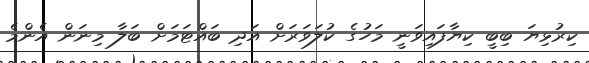
ކިރުޅިޔަ ބިބީ ކިޔާފައިވަނީ މަހުގެ ކުލަވަރަށް އަދި ބައްޓަމަށް ބަލާ މިނަން އެންމެ